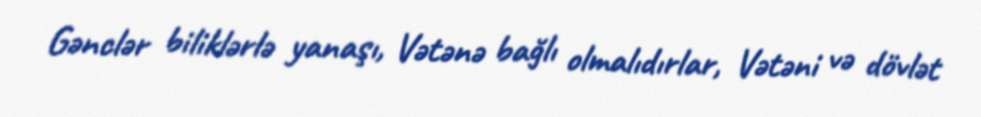
Gənclər biliklərlə yanaşı, Vətənə bağlı olmalıdırlar, Vətəni və dövlət